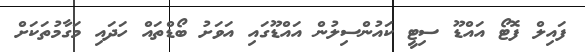
ފައިލް ފޮޓޯ އައްޑޫ ސިޓީ ކައުންސިލުން އައްޑޫގައި އަވަށު ބޯޑްތައް ހަދައި މަގާމުތަކަށް